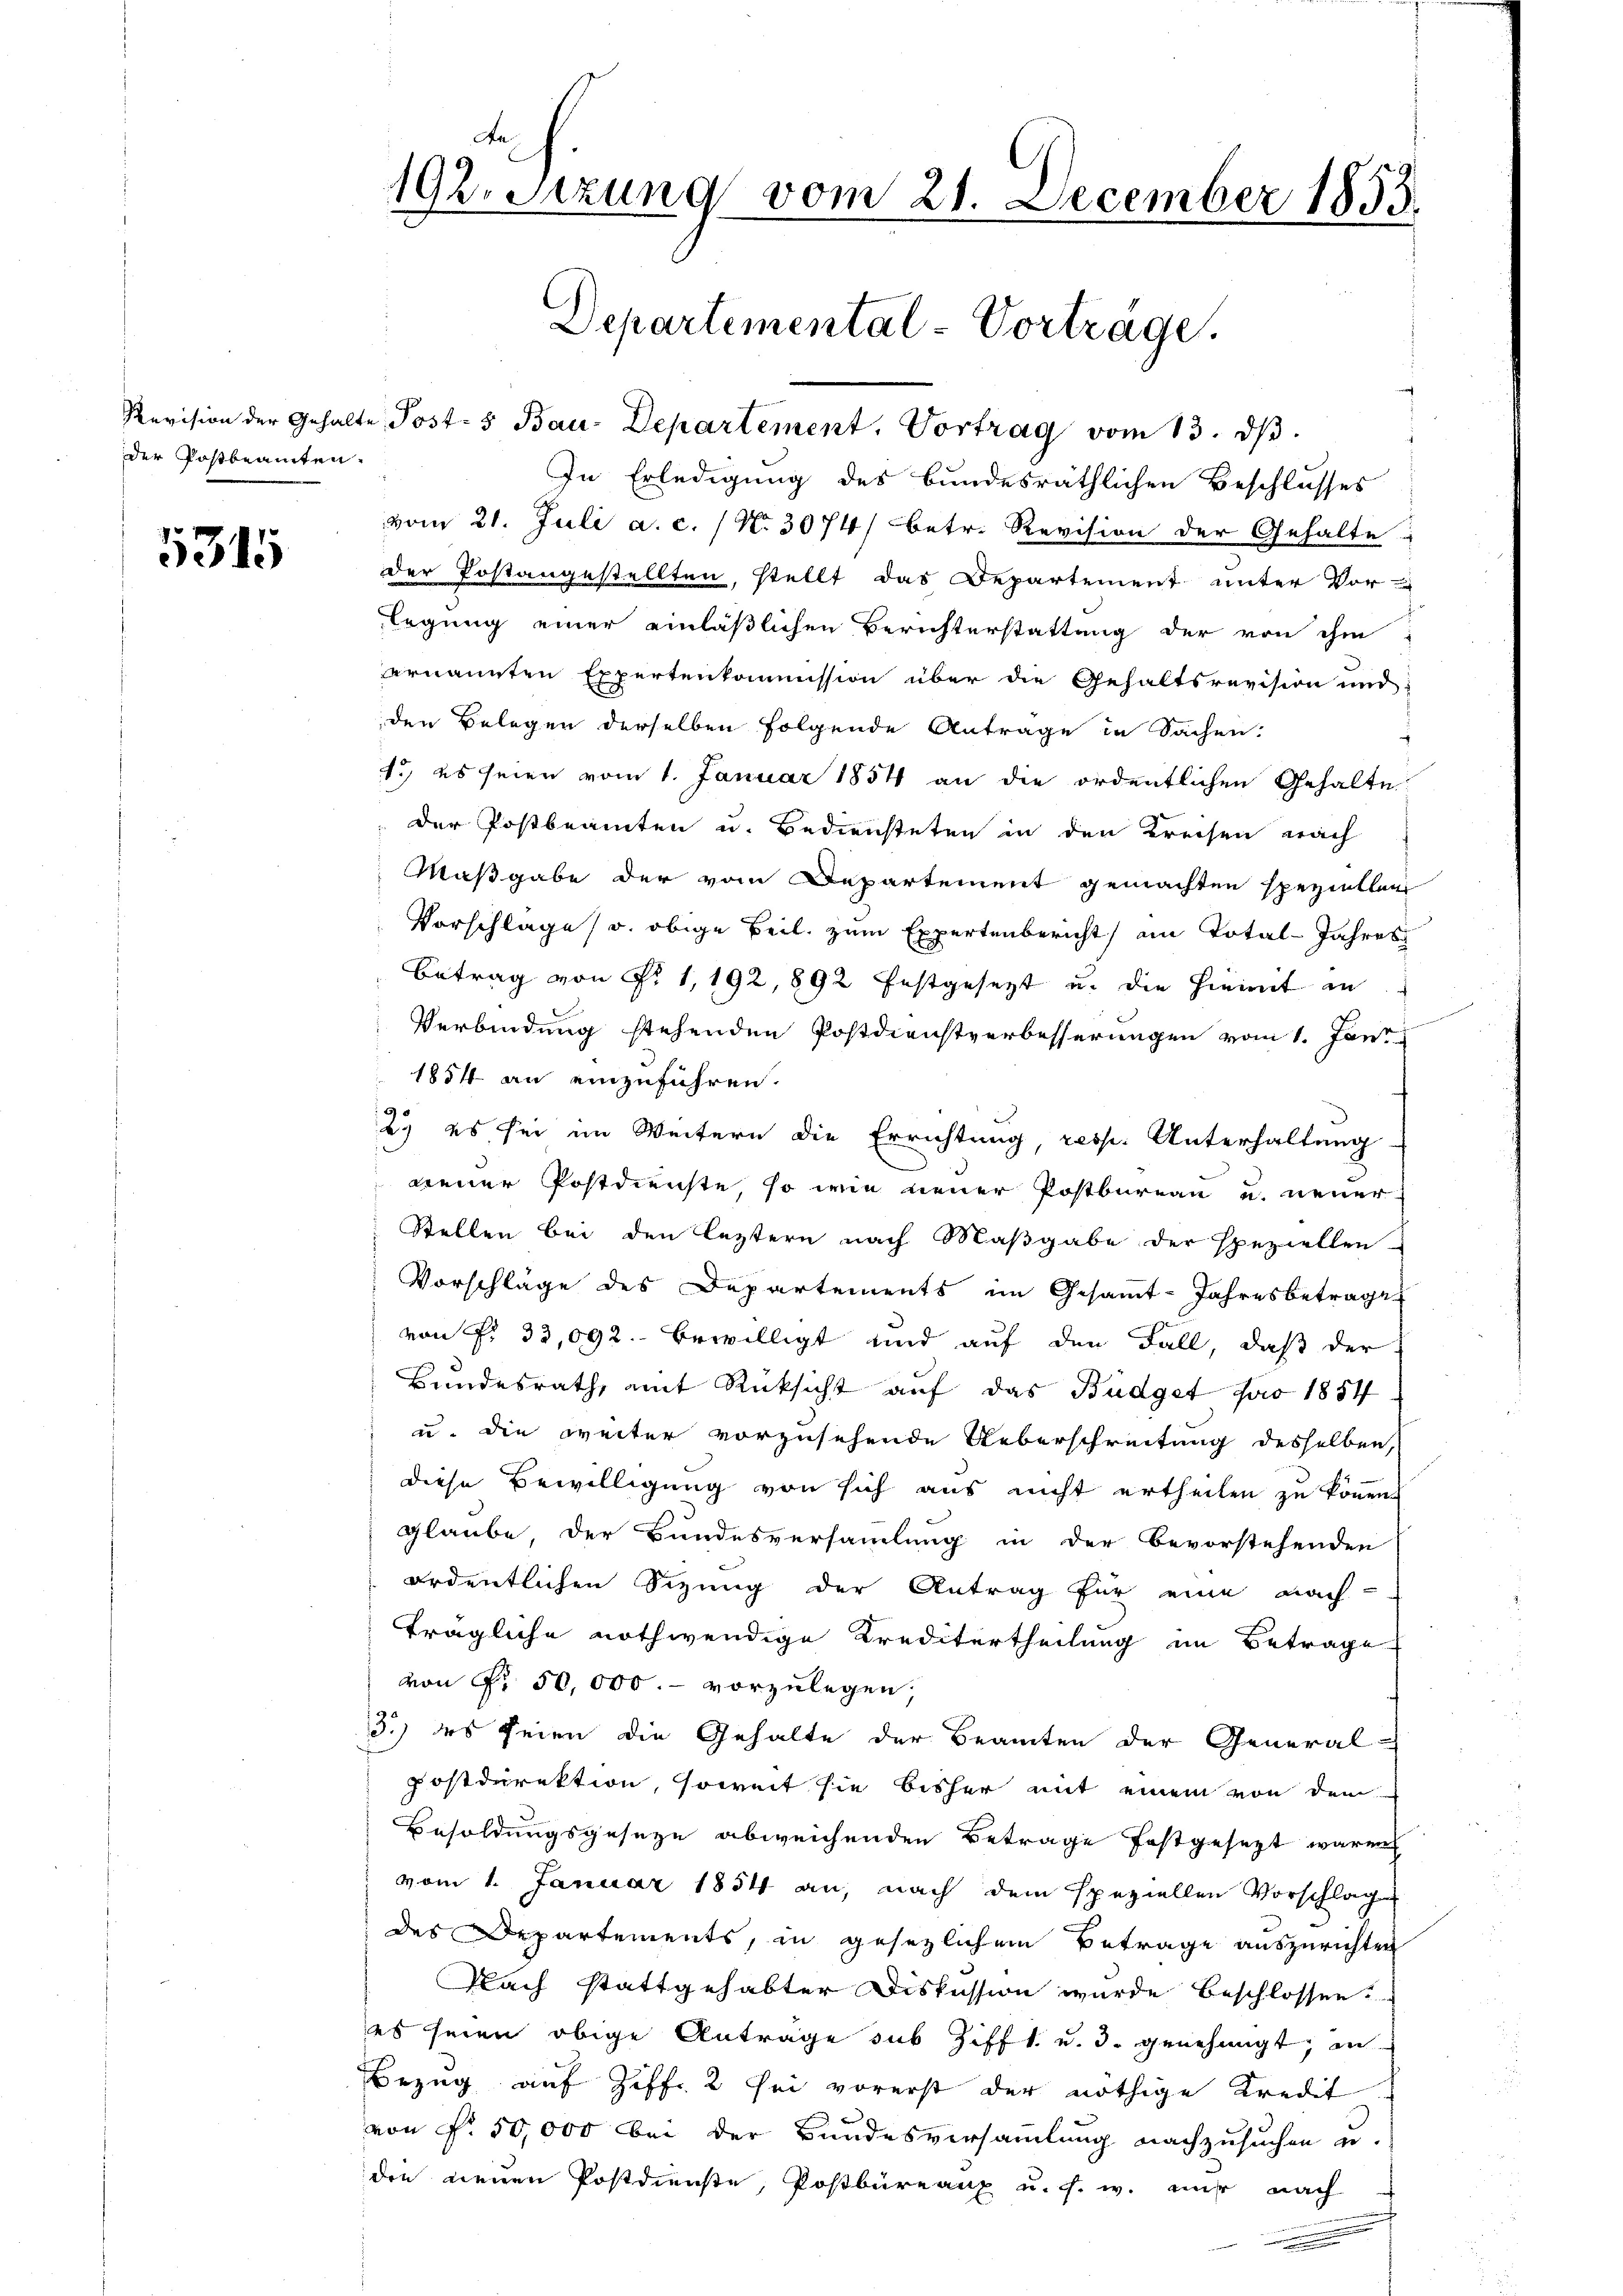
der Postbeamten.

5315

192. Sitzung vom 21. December 1855.
Departemental-Vorträge.

Revision der Gehalte Post-5 Bau-Departement. Vortrag vom 13. dβ.
In Erledigung des bundesräthlichen Beschlusses
vom 21. Juli a. c. / No. 3074/ betr. Revision der Gehalte
der Postangestellten, stellt das Departement unter Vor-
legung einer einläßlichen Berichterstattung der von ihm
ernannten Expertenkommission über die Gehaltsrevision und
den Belegen derselben folgende Antrage in Sachen:
1.) es seien vom 1. Januar 1854 an die ordentlichen Gehalte
der Postbeamten u. Bediensteten in den Kreisen nach
Maßgabe der vom Departement gemachten speziellen
Vorschlage) u. obige Beil, zum Expertenbericht am Total-Jahres
Betrag von Fr. 1, 192, 892 festgesetzt u. die hiemit in
Verbindung stehenden Postdienstverbesserungen vom 1. Jani
1884 an einzuführen.
9
b.) es sei im Weitern die Errichtung, resp. Unterhaltung
neuer Postdienste, so wie neuer Postbureau u. neuer
Stellen bei den leztern nach Maßgabe der speziellen
Vorschläge des Departements im Gesammt-Jahresbetrage
von P. 33,092. bewilligt und auf den Fall, daß der
Bundesrath, mit Rücksicht auf das Büdget pro 1884
u. die weiter vorzusehende Ueberschreitung desselben,
diese Bewilligung von sich aus nicht ertheilen zu können.
glaube der Bundesversammlung in der bevorstehenden
ordentlichen Sizung der Antrag für eine nach-
trägliche nothwendige Kreditertheilung im Betrage
von Fr. 50,000.- vorzulegen.
3.) des seien die Gehalte der Beamten der General-
postdirektion, soweit sie bisher mit einem von dem
Besoldungsgeseze abweichenden Betrage festgesezt waren
vom 1. Januar 1854 an, nach dem speziellen Vorschlag
des Departements, in gesezlichem Betrage auszurichten
Nach stattgehabter Diskussion wurde beschlossen
des seien obige Antrage sub Zifft u. d. genehmigt, in
Bezug auf Ziff. 2 sei vorerst der nöthige Kredit
von Fr. 50,000 bei der Bundesversammlung nachzusuchen u.
den neuen Postdienste, Postbureaux u. s. w. mir nach